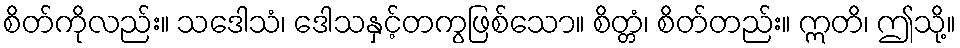
စိတ်ကိုလည်း။ သဒေါသံ၊ ဒေါသနှင့်တကွဖြစ်သော။ စိတ္တံ၊ စိတ်တည်း။ ဣတိ၊ ဤသို့။